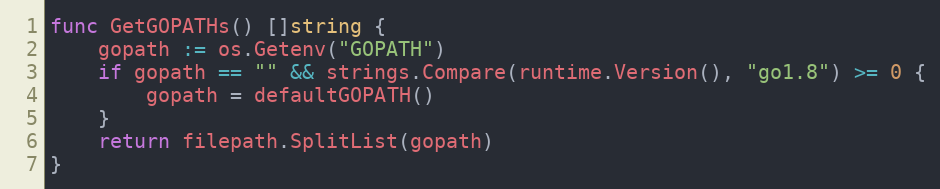
Language: Go
func GetGOPATHs() []string {
	gopath := os.Getenv("GOPATH")
	if gopath == "" && strings.Compare(runtime.Version(), "go1.8") >= 0 {
		gopath = defaultGOPATH()
	}
	return filepath.SplitList(gopath)
}